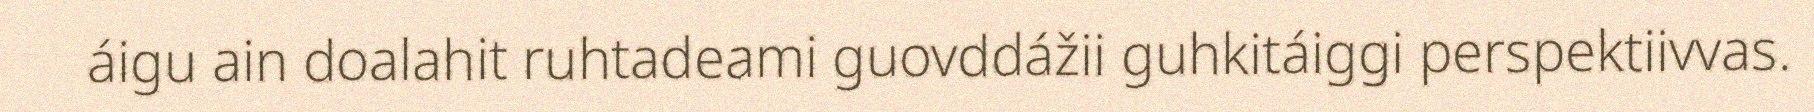
áigu ain doalahit ruhtadeami guovddážii guhkitáiggi perspektiivvas.